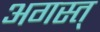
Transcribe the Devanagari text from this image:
अगस्त्